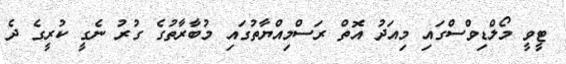
ޓީވީ މޯލްޑިވްސްގައި މިއަދު އޮތް ރަސްމިއްޔާތުގައި މުބާރާތުގެ ގުރު ނެގީ ކުރީގެ ދެ